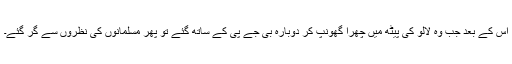
اس کے بعد جب وہ لالو کی پیٹھ میں چھرا گھونپ کر دوبارہ بی جے پی کے ساتھ گئے تو پھر مسلمانوں کی نظروں سے گر گئے۔